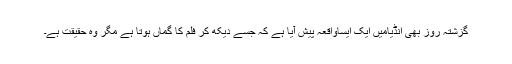
گزشتہ روز بھی انڈیامیں ایک ایساواقعہ پیش آیا ہے کہ جسے دیکھ کر فلم کا گماں ہوتا ہے مگر وہ حقیقت ہے۔